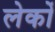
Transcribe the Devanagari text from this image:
लेकों